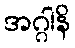
အဂ္ဂါနိ